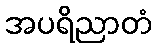
အပရိညာတံ